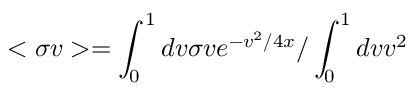
< \sigma v > = \int _ { 0 } ^ { 1 } d v \sigma v e ^ { - v ^ { 2 } / 4 x } / \int _ { 0 } ^ { 1 } d v v ^ { 2 }